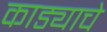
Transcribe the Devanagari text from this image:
काड्याचे